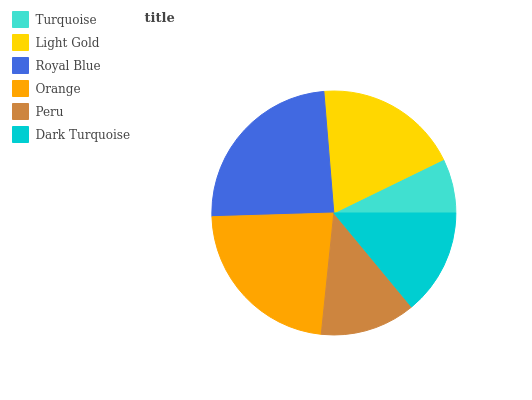
| Turquoise | Light Gold | Royal Blue | Orange | Peru | Dark Turquoise |
 | --- | --- | --- | --- | --- | --- |
 | 7.21% | 19.1% | 24.2% | 22.9% | 12.6% | 14% |